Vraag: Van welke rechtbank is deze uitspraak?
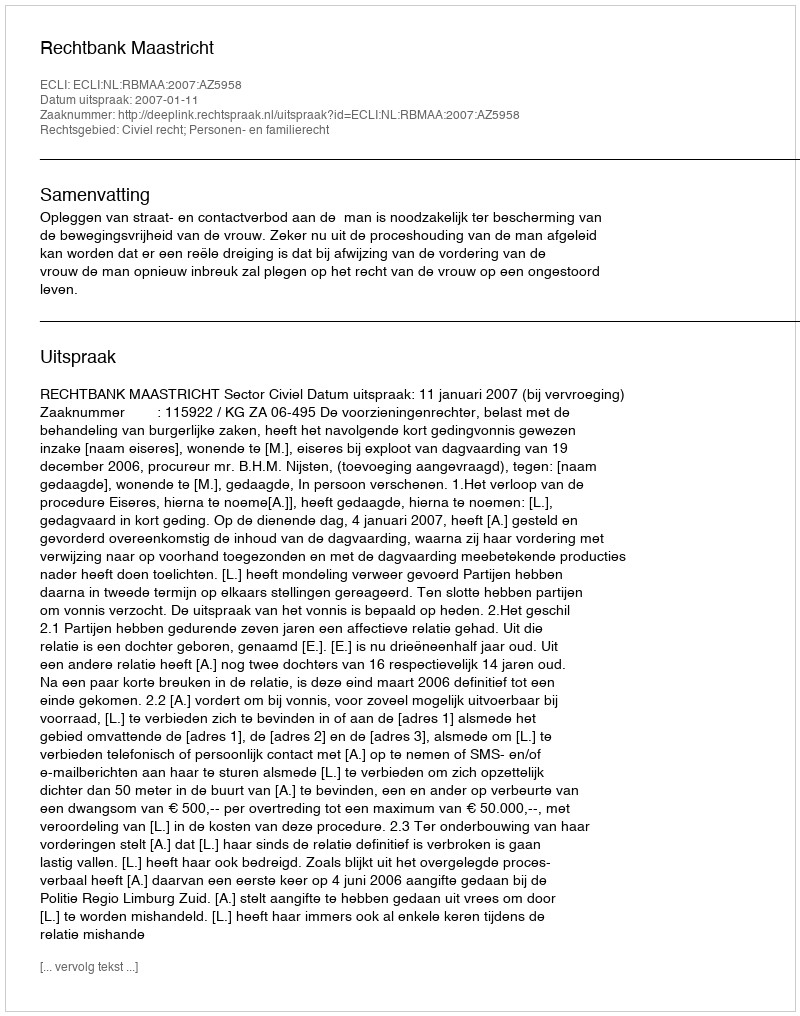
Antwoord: Rechtbank Maastricht